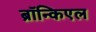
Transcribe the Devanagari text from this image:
ब्रॉन्किएल